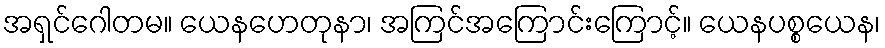
အရှင်ဂေါတမ။ ယေနဟေတုနာ၊ အကြင်အကြောင်းကြောင့်။ ယေနပစ္စယေန၊